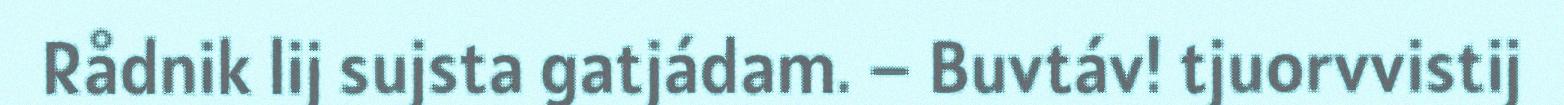
Rådnik lij sujsta gatjádam. – Buvtáv! tjuorvvistij